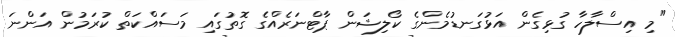
"މި އިސްލާހާ ގުޅިގެން އަޅުގަނޑުމެންގެ ކޯލިޝަން ޕާޓްނަރެއްގެ ގޮތުގައި މަސައްކަތް ކުރަމުން އަންނަ